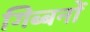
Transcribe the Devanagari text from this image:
गिब्बनों